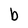
Character: b